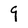
Character: 9